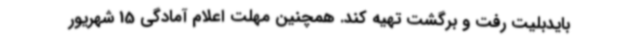
بایدبلیت رفت و برگشت تهیه کند. همچنین مهلت اعلام آمادگی 15 شهریور